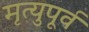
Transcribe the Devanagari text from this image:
मृत्युपूर्व